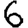
Digit: 6